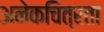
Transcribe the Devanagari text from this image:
अनेकचित्रता